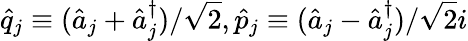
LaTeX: \hat{q}_{j}\equiv(\hat{a}_{j}+\hat{a}_{j}^{\dagger})/\sqrt{2},\hat{p}_{j}\equiv(\hat{a}_{j}-\hat{a}_{j}^{\dagger})/\sqrt{2}i